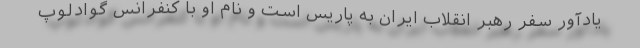
یادآور سفر رهبر انقلاب ایران به پاریس است و نام او با کنفرانس گوادلوپ